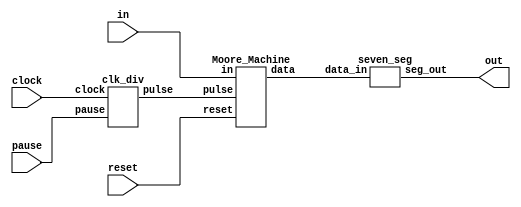
module exp8(clock,pause,reset,in,out);
    input clock,pause,reset,in;
    output [6:0] out;
    wire pulse;
    wire [3:0] data;
    
    clk_div c1(.clock(clock),.pause(pause),.pulse(pulse));
    Moore_Machine m1(.pulse(pulse),.reset(reset),.in(in),.data(data));
    seven_seg s1(.data_in(data), .seg_out(out));
    
endmodule

module Moore_Machine(pulse,reset,in,data);
    input pulse,reset,in;
    output reg [3:0] data;

    always @(pulse)
    begin
        if(!reset) data <= 4'd0;
        if(in)
        begin
            if(data < 5)
            data <= data + 4'd1;
        end
        else 
        begin
            if(data > 0)
            data <= data - 4'd1;
        end
    end
    
    
endmodule

module clk_div(clock,pause,pulse);
    input clock,pause;
    output reg pulse;
    reg [31:0] cnt;
    
    always @(posedge clock)
    begin
        if(!pause)
        begin 
            cnt <= cnt + 32'd1;
            if(cnt == 50000000)
            begin
                pulse <= pulse + 1'd1;
                cnt <= 32'd0;
            end
        end
    end
endmodule

module seven_seg( data_in, seg_out );
 
 input wire [3:0] data_in;
 output reg[6:0] seg_out;
 
always@( data_in )
 case( data_in )
 4'h0 : seg_out = 7'b100_0000;
 4'h1 : seg_out = 7'b111_1001;
 4'h2 : seg_out = 7'b010_0100;
 4'h3 : seg_out = 7'b011_0000;
 4'h4 : seg_out = 7'b001_1001;
 4'h5 : seg_out = 7'b001_0010;
 4'h6 : seg_out = 7'b000_0010;
 4'h7 : seg_out = 7'b111_1000;
 4'h8 : seg_out = 7'b000_0000;
 4'h9 : seg_out = 7'b001_0000;
 4'ha : seg_out = 7'b000_1000;
 4'hb : seg_out = 7'b000_0011;
 4'hc : seg_out = 7'b100_0110;
 4'hd : seg_out = 7'b010_0001;
 4'he : seg_out = 7'b000_0110;
 default : seg_out =7'b000_1110;
 endcase
 
endmodule